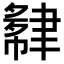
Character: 𬚮